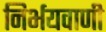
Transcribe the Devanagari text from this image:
निर्भयवाणी